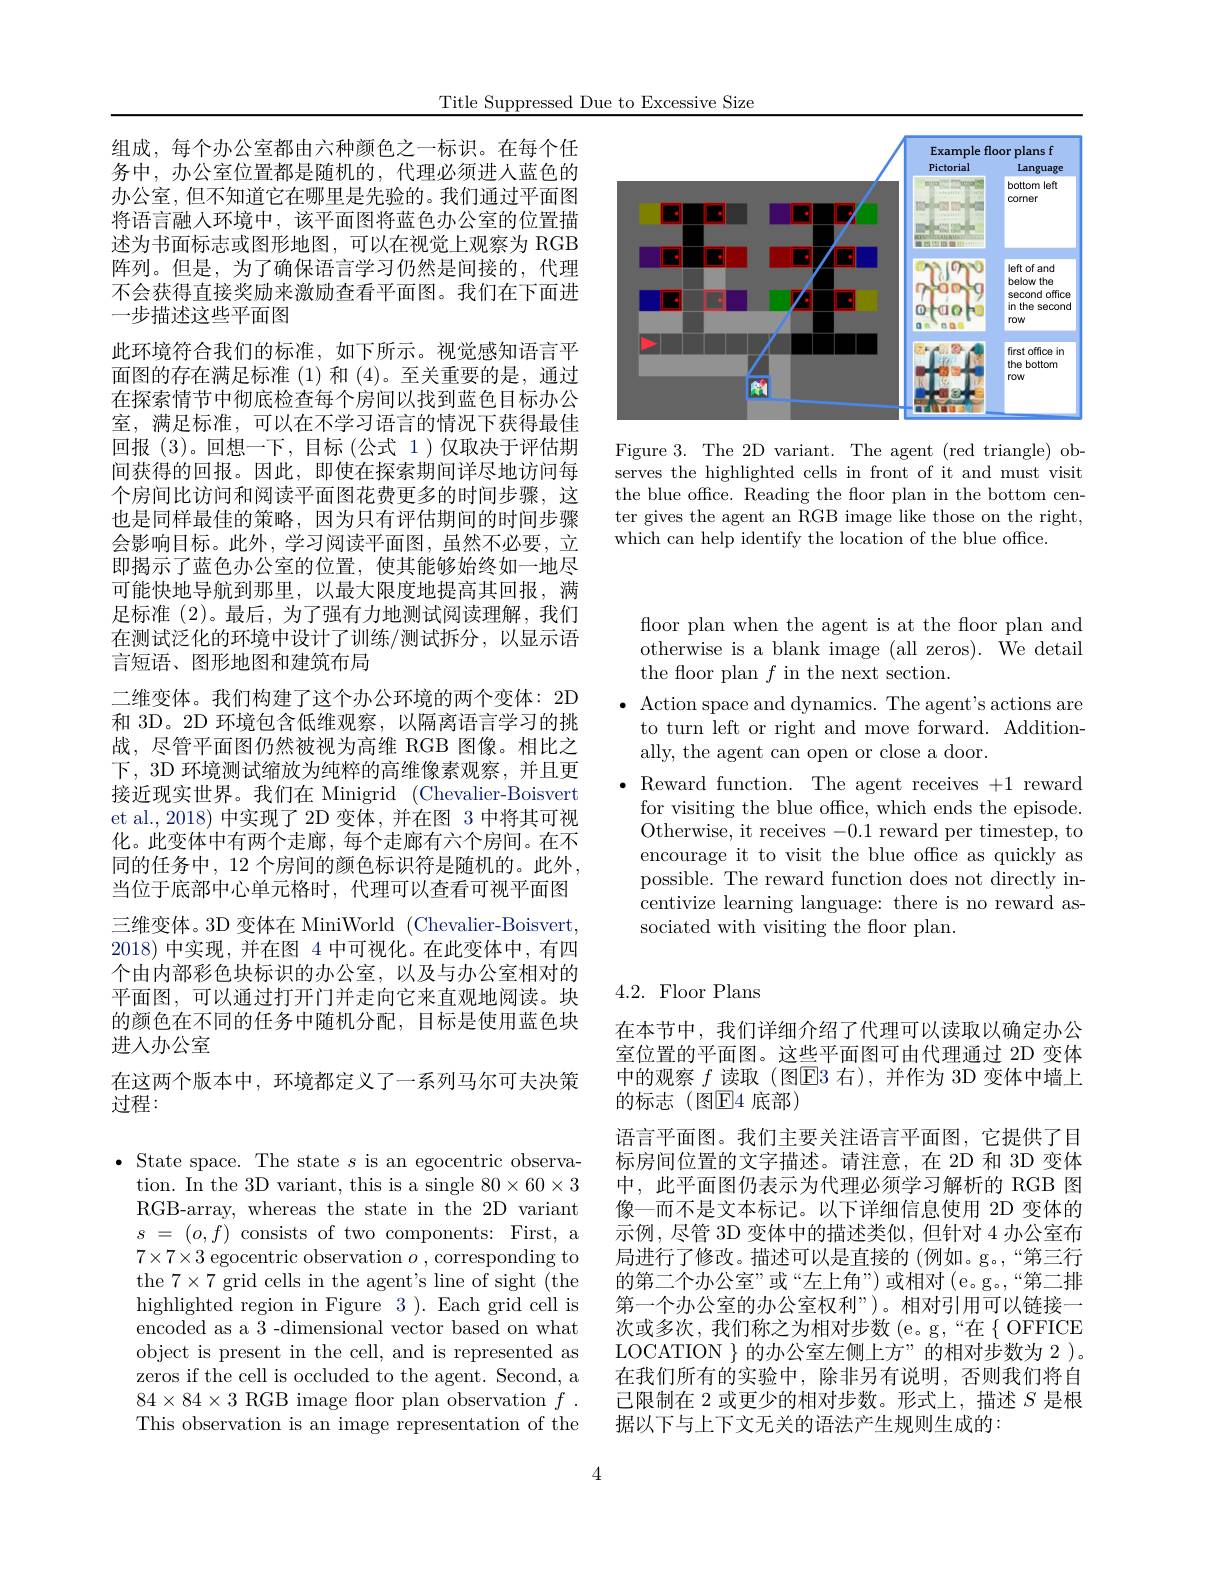
Title Suppressed Due to Excessive Size

<FigureHere>

Figure 3. The 2D variant. The agent (red triangle) observes the highlighted cells in front of it and must visit the blue offce. Reading the floor plan in the bottom center gives the agent an RGB image like those on the right, which can help identify the location of the blue office.

组成，每个办公室都由六种颜色之一标识。在每个任务中，办公室位置都是随机的，代理必须进入蓝色的办公室，但不知道它在哪里是先验的。我们通过平面图将语言融人环境中，该平面图将蓝色办公室的位置描述为书面标志或图形地图，可以在视觉上观察为 RGB 阵列。但是，为了确保语言学习仍然是间接的，代理不会获得直接奖励来激励查看平面图。我们在下面进一步描述这些平面图
此环境符合我们的标准，如下所示。视觉感知语言平面图的存在满足标准(1)和(4)。至关重要的是，通过在探索情节中彻底检查每个房间以找到蓝色目标办公室，满足标准，可以在不学习语言的情况下获得最佳回报(3)。回想一下，目标(公式 1)仅取决于评估期间获得的回报。因此，即使在探索期间详尽地访问每个房间比访问和阅读平面图花费更多的时间步骤，这也是同样最佳的策略，因为只有评估期间的时间步骤会影响目标。此外，学习阅读平面图，虽然不必要，立即揭示了蓝色办公室的位置，使其能够始终如一地尽可能快地导航到那里，以最大限度地提高其回报，满足标准 (2)。最后，为了强有力地测试阅读理解，我们在测试泛化的环境中设计了训练/测试拆分，以显示语言短语、图形地图和建筑布局
二维变体。我们构建了这个办公环境的两个变体：2D 和 3D。2D 环境包含低维观察，以隔离语言学习的挑战，尽管平面图仍然被视为高维 RGB 图像。相比之下，3D 环境测试缩放为纯粹的高维像素观察，并且更接近现实世界。我们在 Minigrid (Chevalier-Boisvert et al., 2018) 中实现了 2D 变体，并在图 3 中将其可视化。此变体中有两个走廊，每个走廊有六个房间。在不同的任务中，12 个房间的颜色标识符是随机的。此外， 当位于底部中心单元格时，代理可以查看可视平面图三维变体。3D 变体在 MiniWorld (Chevalier-Boisvert, 2018)中实现，并在图 4 中可视化。在此变体中，有四个由内部彩色块标识的办公室，以及与办公室相对的平面图，可以通过打开门并走向它来直观地阅读。块的颜色在不同的任务中随机分配，目标是使用蓝色块进人办公室
在这两个版本中，环境都定义了一系列马尔可夫决策
过程：

$\bullet$ State space. The state $s$ is an egocentric observa-
tion. In the 3D variant, this is a single $80\times60\times3$ RGB-array, whereas the state in the 2D variant $s$ = $( o, f)$ consists of two components: First, a $7\times7\times3$ egocentric observation $o$,corresponding to the $7\times7$ grid cells in the agent's line of sight (the highlighted region in Figure 3 ). Each grid cell is encoded as a 3 -dimensional vector based on what object is present in the cell, and is represented as zeros if the cell is occluded to the agent. Second, a $84\times84\times3$ RGB image floor plan observation $f.$ This observation is an image representation of the

floor plan when the agent is at the floor plan and otherwise is a blank image (all zeros). We detail the floor plan $f$ in the next section.
$\bullet$ Action space and dynamics. The agent's actions are
to turn left or right and move forward. Addition-
ally, the agent can open or close a door.
$\bullet$ Reward function. The agent receives +1 reward
for visiting the blue office, which ends the episode. Otherwise, it receives -0.1 reward per timestep, to encourage it to visit the blue offce as quickly as possible. The reward function does not directly incentivize learning language: there is no reward associated with visiting the floor plan.

## 4.2. Floor Plans

在本节中，我们详细介绍了代理可以读取以确定办公室位置的平面图。这些平面图可由代理通过 2D 变体中的观察$f$读取(图E3 右),并作为 3D 变体中墙上的标志(图$\mathbb{E}$4底部)
语言平面图。我们主要关注语言平面图，它提供了目标房间位置的文字描述。请注意，在 2D 和 3D 变体中，此平面图仍表示为代理必须学习解析的 RGB 图像—而不是文本标记。以下详细信息使用 2D 变体的示例，尽管 3D 变体中的描述类似，但针对 4 办公室布局进行了修改。描述可以是直接的 (例如。g。,“第三行的第二个办公室”或“左上角”)或相对(e。g。“第二排第一个办公室的办公室权利”)。相对引用可以链接一次或多次，我们称之为相对步数(e。g,“在{OFFICE} LOCATION $\}$的办公室左侧上方”的相对步数为 2 )。在我们所有的实验中，除非另有说明，否则我们将自已限制在 2 或更少的相对步数。形式上，描述$S$是根据以下与上下文无关的语法产生规则生成的：